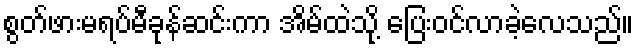
စွတ်ဖားမရပ်မီခုန်ဆင်းကာ အိမ်ထဲသို့ ပြေးဝင်လာခဲ့လေသည်။